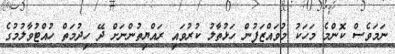
ނަމަވެސް ކޮންމެ މަހަކު މުވައްޒަފުން ހަޅުތާލު ކުރުވައި ރައްޔިތުންނަށް ދޭ ހިދުމަތް ހުއްޓުވާލުމުގެ